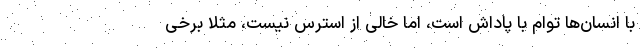
با انسان‌ها توام با پاداش است، اما خالی از استرس نیست، مثلاً برخی